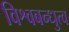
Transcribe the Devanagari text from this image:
विश्वबन्धुत्व